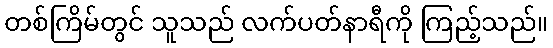
တစ်ကြိမ်တွင် သူသည် လက်ပတ်နာရီကို ကြည့်သည်။